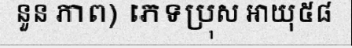
នួន ភាព) ភេទប្រុស អាយុ៥៨